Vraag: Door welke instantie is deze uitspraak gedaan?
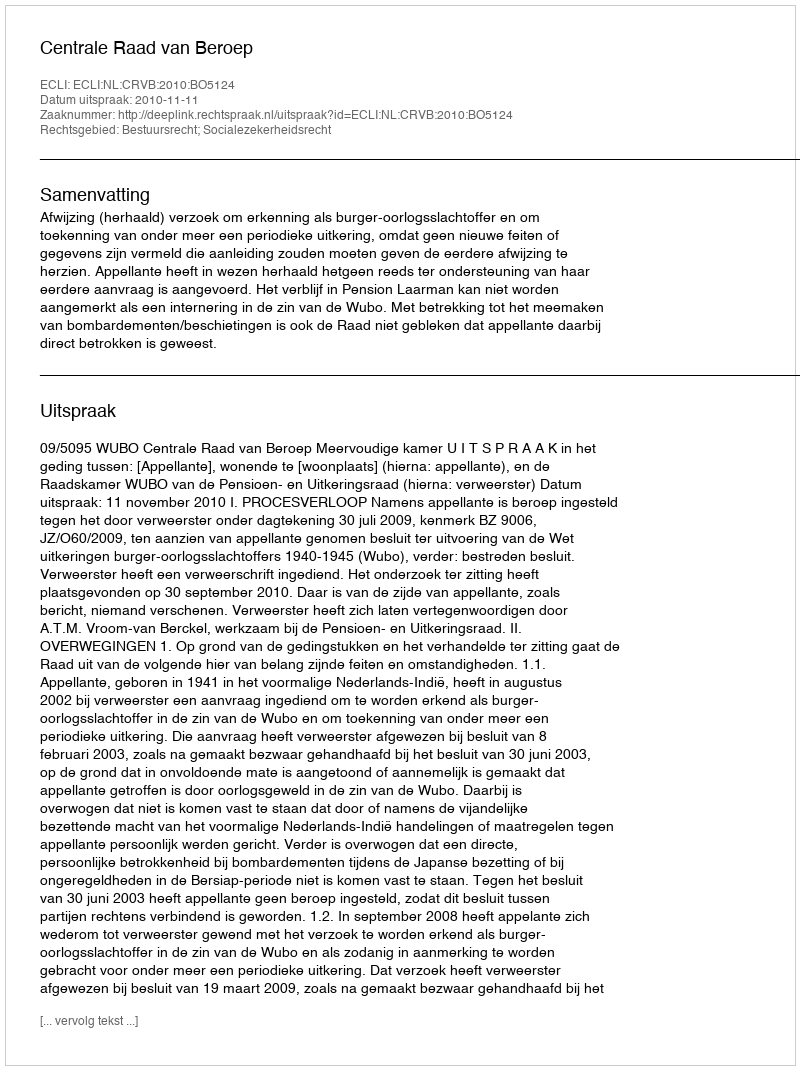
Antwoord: Centrale Raad van Beroep